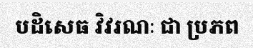
បដិសេធ វិវរណៈ ជា ប្រភព